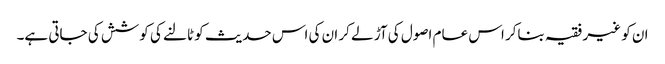
ان کو غیر فقیہ بناکر اس عام اصول کی آڑ لے کر ان کی اس حدیث کو ٹالنے کی کوشش کی جاتی ہے۔